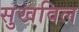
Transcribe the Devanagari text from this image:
सुखविल